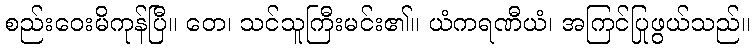
စည်းဝေးမိကုန်ပြီ။ တေ၊ သင်သူကြီးမင်း၏။ ယံကရဏီယံ၊ အကြင်ပြုဖွယ်သည်။